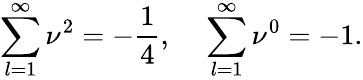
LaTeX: \sum_{l=1}^{\infty}\nu^{2}=-\frac{1}{4},~~~~\sum_{l=1}^{\infty}\nu^{0}=-1.